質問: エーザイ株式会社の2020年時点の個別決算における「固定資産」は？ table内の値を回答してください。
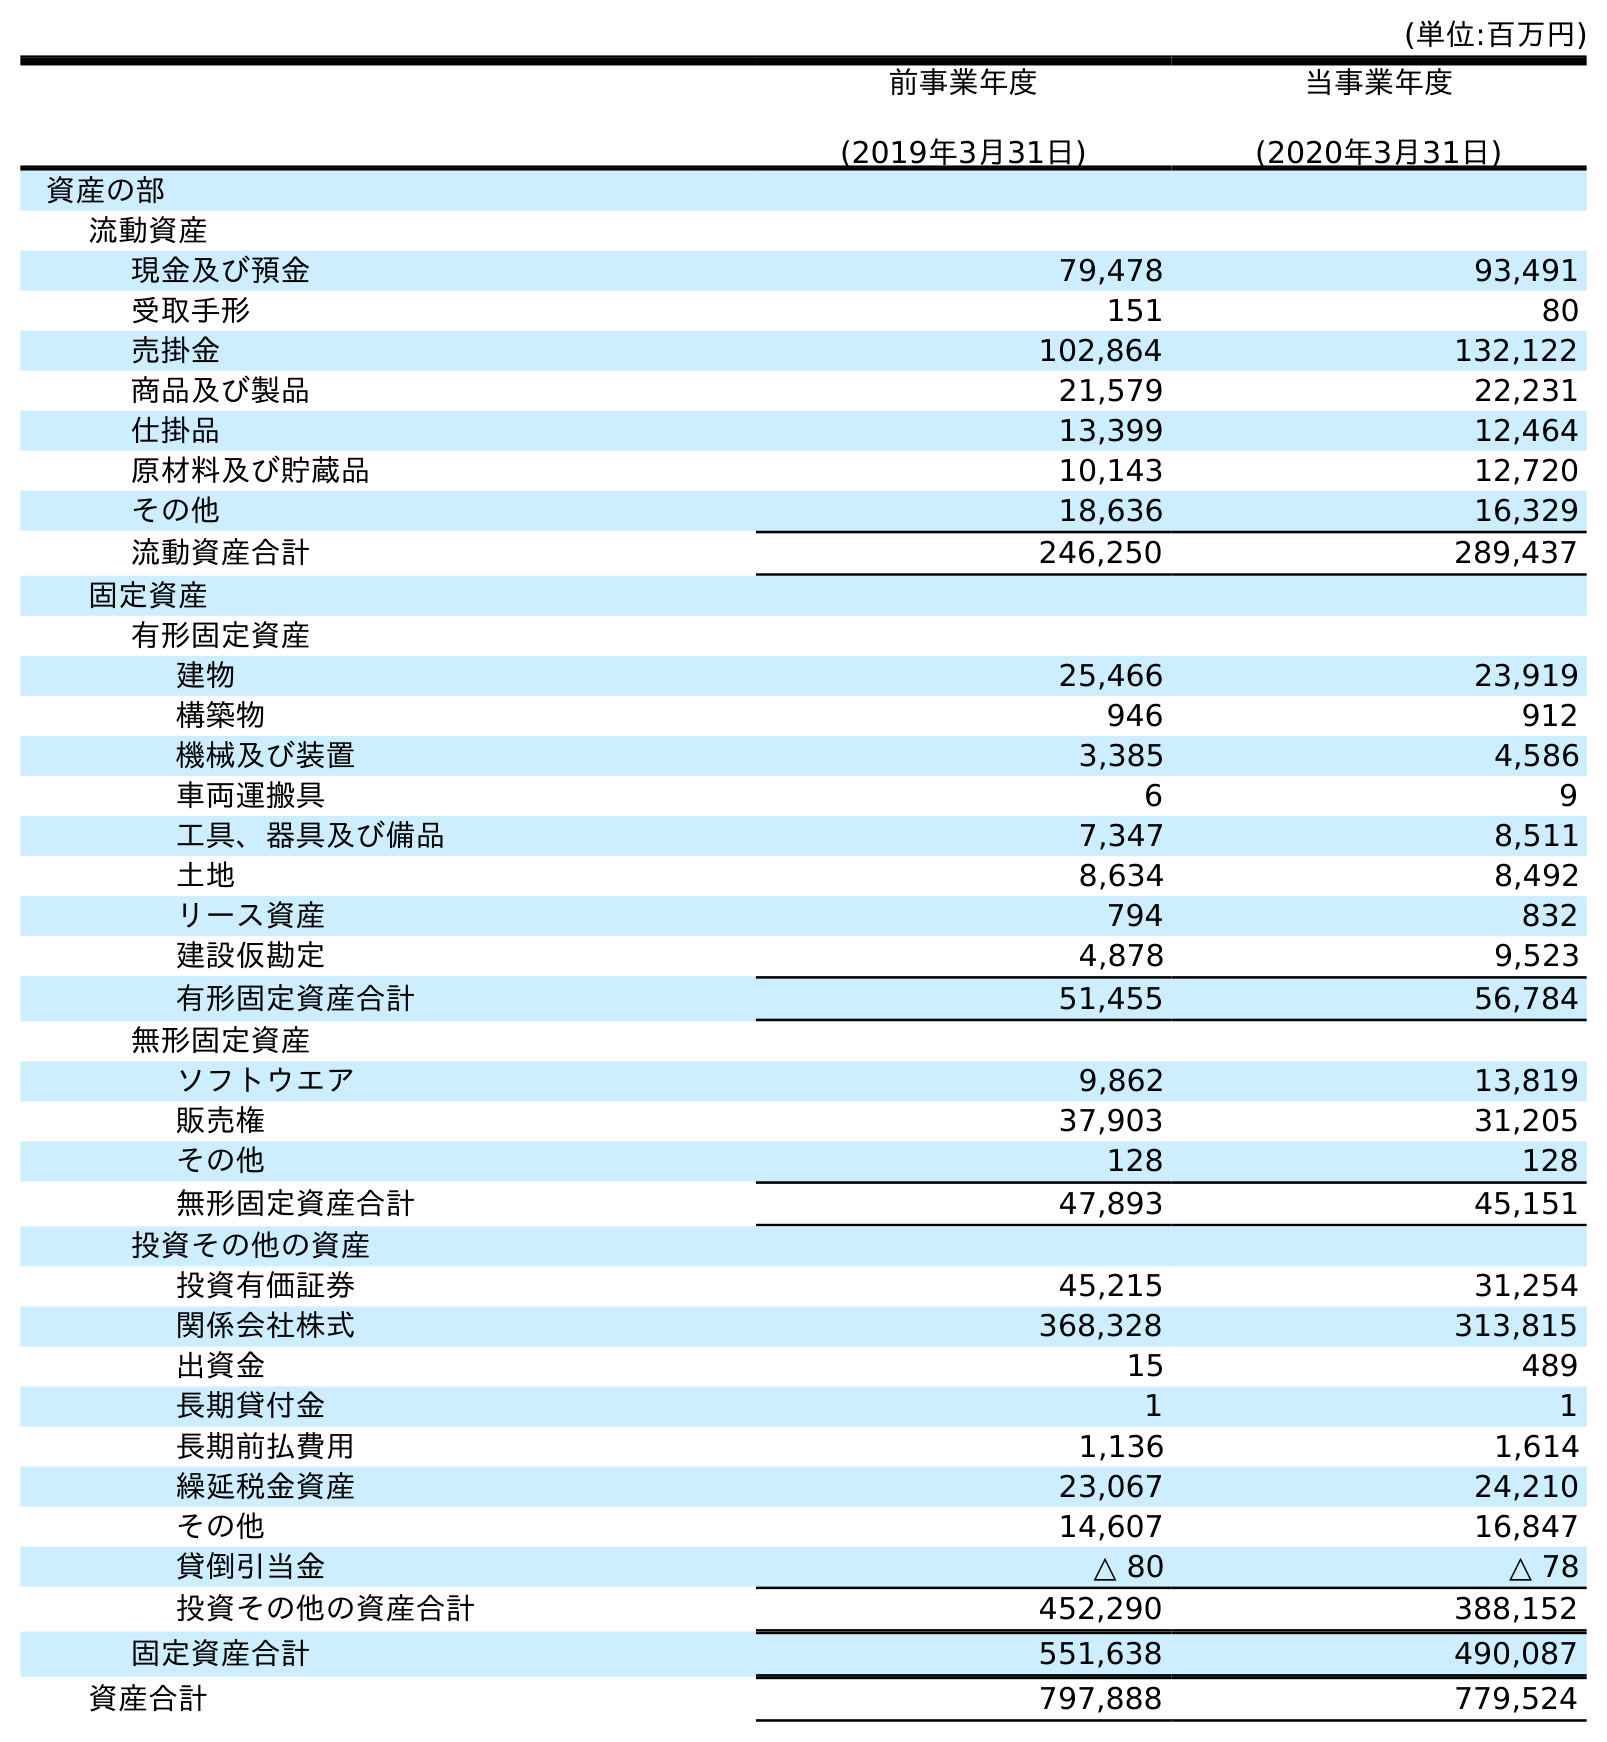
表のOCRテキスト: (単位:百万円) 前事業年度 (2019年3月31日) 当事業年度 (2020年3月31日) 資産の部 流動資産 現金及び預金 79,478 93,491 受取手形 151 80 売掛金 102,864 132,122 商品及び製品 21,579 22,231 仕掛品 13,399 12,464 原材料及び貯蔵品 10,143 12,720 その他 18,636 16,329 流動資産合計 246,250 289,437 固定資産 有形固定資産 建物 25,466 23,919 構築物 946 912 機械及び装置 3,385 4,586 車両運搬具 6 9 工具、器具及び備品 7,347 8,511 土地 8,634 8,492 リース資産 794 832 建設仮勘定 4,878 9,523 有形固定資産合計 51,455 56,784 無形固定資産 ソフトウエア 9,862 13,819 販売権 37,903 31,205 その他 128 128 無形固定資産合計 47,893 45,151 投資その他の資産 投資有価証券 45,215 31,254 関係会社株式 368,328 313,815 出資金 15 489 長期貸付金 1 1 長期前払費用 1,136 1,614 繰延税金資産 23,067 24,210 その他 14,607 16,847 貸倒引当金 △ 80 △ 78 投資その他の資産合計 452,290 388,152 固定資産合計 551,638 490,087 資産合計 797,888 779,524
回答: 490,087